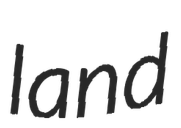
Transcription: land